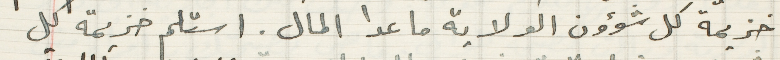
خزيمة كل شؤون الولاية ما عدا المال. استلم خزيمة كل